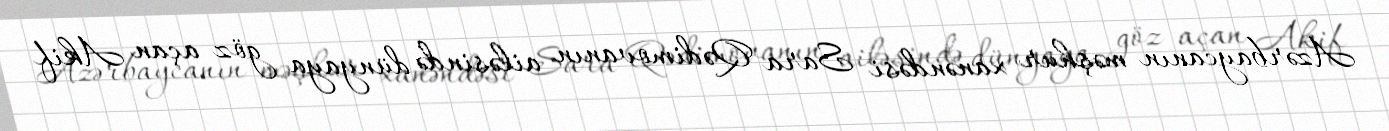
Azərbaycanın məşhur xanəndəsi Sara Qədimovanın ailəsində dünyaya göz açan Akif